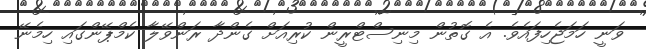
ވަނީ ހަމަޖެހިފައެވެ. އެ ގޮތުން މިނިސްޓްރީން ކުރިއަށް ގެންދާ ރަންވޭލާ ކެމްޕޭންގައި ހިމެނޭ